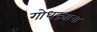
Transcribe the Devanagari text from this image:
गोधड्याचा